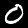
Digit: 0